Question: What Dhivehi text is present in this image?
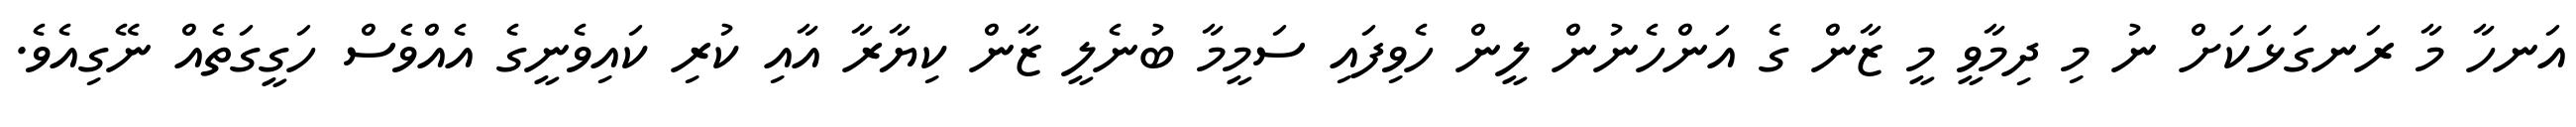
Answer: އަނހާ މާ ރަނގަޅަކަށް ނު މި ދިމާވީ މީ ޒާން ގެ އަންހެނުން ލީން ހެވިފައި ސަމީމާ ބުނެލީ ޒާން ކިޔާރާ އާއި ކުރި ކައިވެނީގެ އެއްވެސް ހަގީގަތެއް ނޭގިއެވެ.